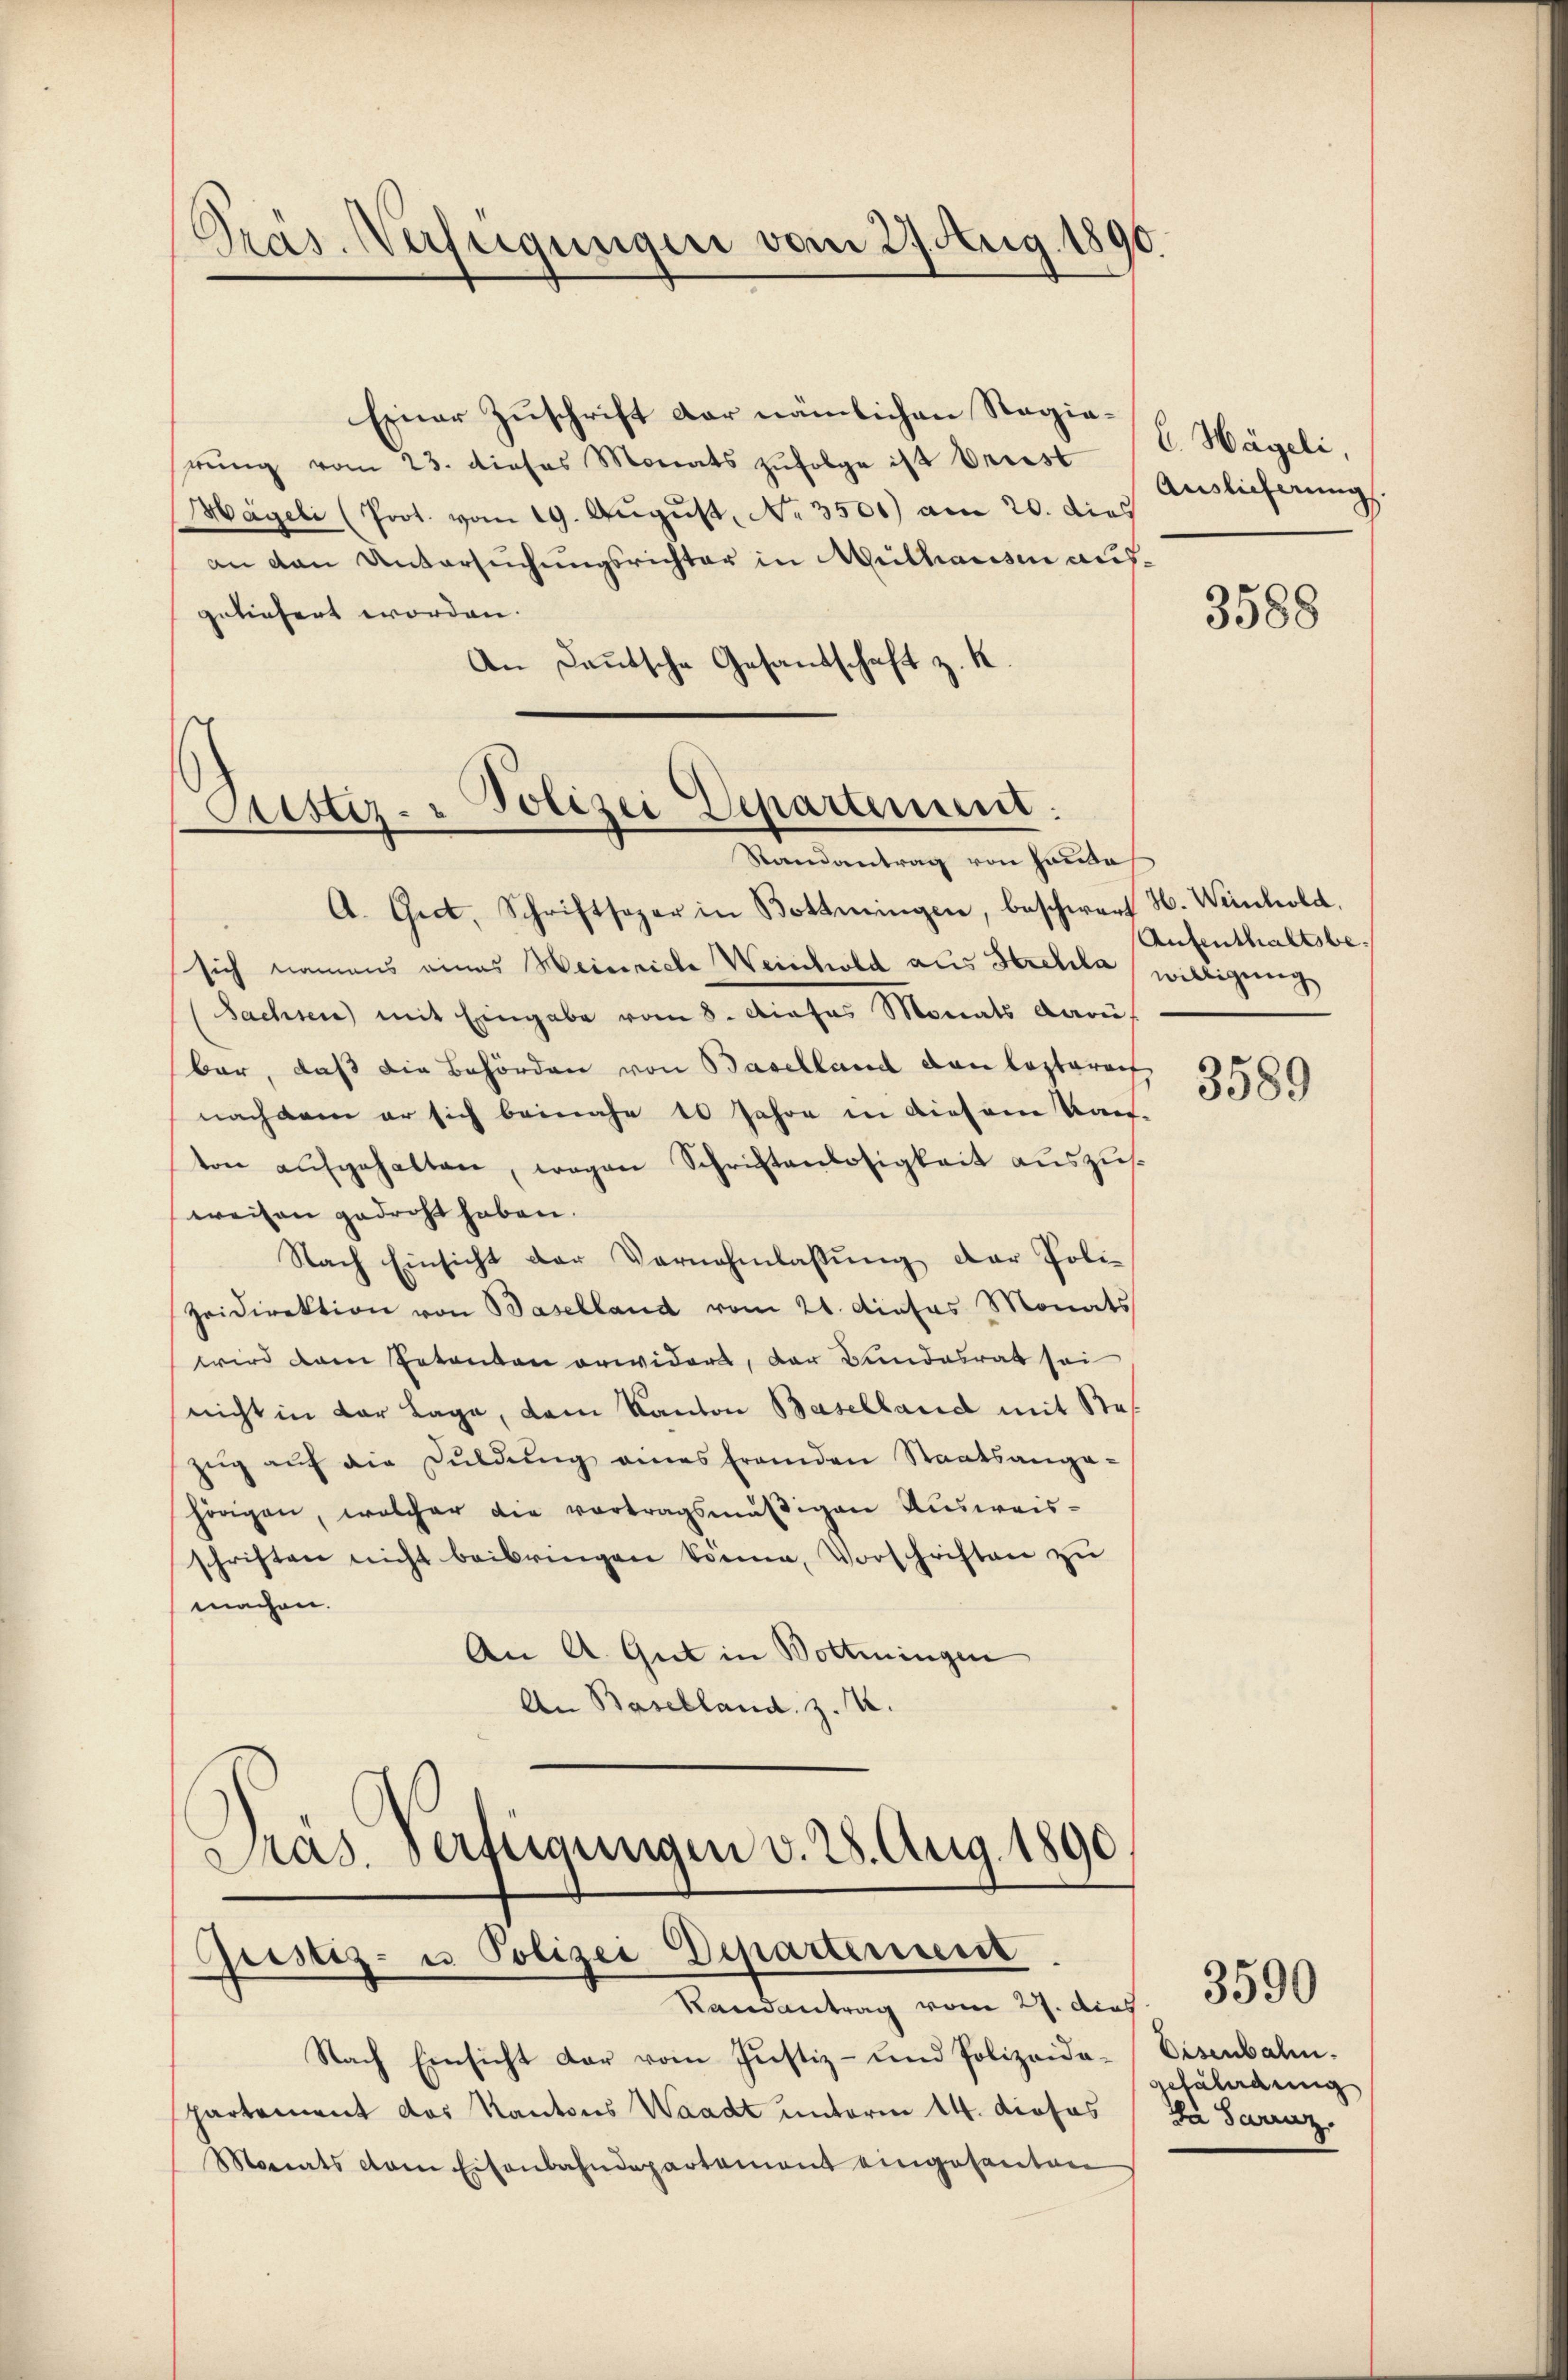
Präs. Verfügungen vom 27. Aug. 1890.

Einer Zuschrift der nämlichen Regierŭng vom 23. dieses Monats zŭfolge ist briest
Mägeli (Prot. vom 19. Aŭgŭst No. 3500) am 20. dies
an den Untersuchungsrichter in Mithausen aufgeliefert worden.
An Deutsche Gesandschaft z. K

Cristiz- Polizei Departement:
.
Randantrag von Hande

A. Giet, Schriftsoper in Bottmingen, beschwart H. Weinhold.
sich namens eines Heinriche Weishold aus Strehla willigung
Sachen) mit Eingabe vom 8. Dieses Monats dari
bar, daß die Behörden von Baselland dann leztarauf
nach dem er sich beinahe 10 Jahre in diesem Kauf-
ton aufgehalten, wegen Schriftenlosigkeit auszusweisen gedroht haben.
Nach Einsicht der Vornahmlassŭng der Poli-
Zeidirektion von Baselland vom 21. dieses Monats
wird dann Petenten erwidert, der Bundesrat sei
nicht in der Lage, dem Kanton Baselland mit Stazŭg aŭf die Fŭldŭng eines franden Staatsanga-
hörigen, welcher die vortragsmäßigen Ausweis-
schriften nicht beibringen könne, Vorschriften zŭ
machen.
An A. Gut in Bottingen
An Baselland z. Z.
Pras. verfügungen v. 28. Aug. 1890

Gristiz- u Polizei Departenuent
Randantrag vom 27. dies

Nach Einsicht dar vom Justiz- und Polizeida-Eisenbahn.
partement das Kantons Waadt unterm 14. diosos / Da Serenz
Monats dem Eisenbahndepartement eingesanten

C. Hägeli,
Auslieferung.

3588

Aufenthaltsbe

3589

Getaleidung

3590